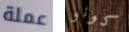
عملة كونو